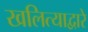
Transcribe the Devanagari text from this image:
खलित्याद्वारे